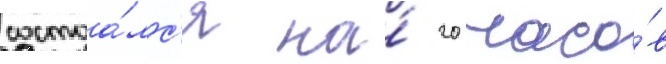
состоа́лс'я на́ 20 часо́в